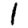
Digit: 1